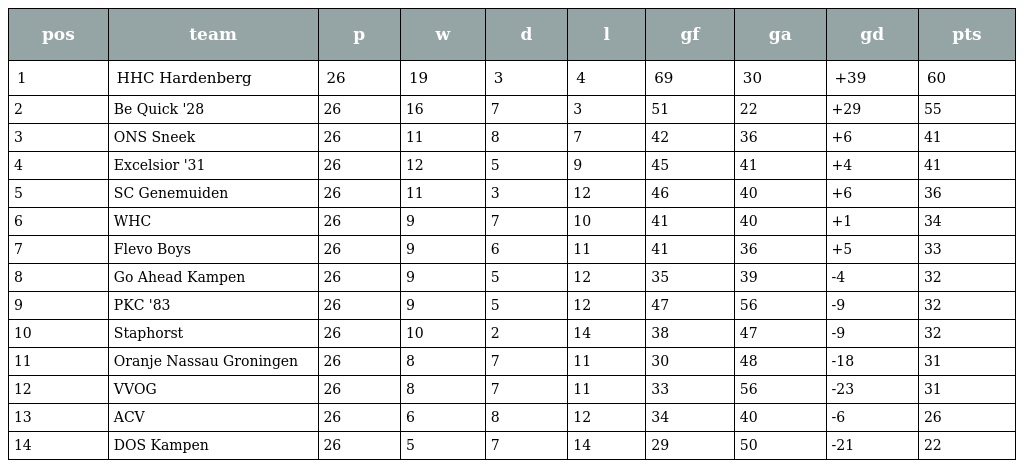
| pos | team | p | w | d | l | gf | ga | gd | pts |
 | --- | --- | --- | --- | --- | --- | --- | --- | --- | --- |
 | 1 | HHC Hardenberg | 26 | 19 | 3 | 4 | 69 | 30 | +39 | 60 |
 | 2 | Be Quick '28 | 26 | 16 | 7 | 3 | 51 | 22 | +29 | 55 |
 | 3 | ONS Sneek | 26 | 11 | 8 | 7 | 42 | 36 | +6 | 41 |
 | 4 | Excelsior '31 | 26 | 12 | 5 | 9 | 45 | 41 | +4 | 41 |
 | 5 | SC Genemuiden | 26 | 11 | 3 | 12 | 46 | 40 | +6 | 36 |
 | 6 | WHC | 26 | 9 | 7 | 10 | 41 | 40 | +1 | 34 |
 | 7 | Flevo Boys | 26 | 9 | 6 | 11 | 41 | 36 | +5 | 33 |
 | 8 | Go Ahead Kampen | 26 | 9 | 5 | 12 | 35 | 39 | -4 | 32 |
 | 9 | PKC '83 | 26 | 9 | 5 | 12 | 47 | 56 | -9 | 32 |
 | 10 | Staphorst | 26 | 10 | 2 | 14 | 38 | 47 | -9 | 32 |
 | 11 | Oranje Nassau Groningen | 26 | 8 | 7 | 11 | 30 | 48 | -18 | 31 |
 | 12 | VVOG | 26 | 8 | 7 | 11 | 33 | 56 | -23 | 31 |
 | 13 | ACV | 26 | 6 | 8 | 12 | 34 | 40 | -6 | 26 |
 | 14 | DOS Kampen | 26 | 5 | 7 | 14 | 29 | 50 | -21 | 22 |